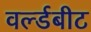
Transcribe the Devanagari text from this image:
वर्ल्डबीट